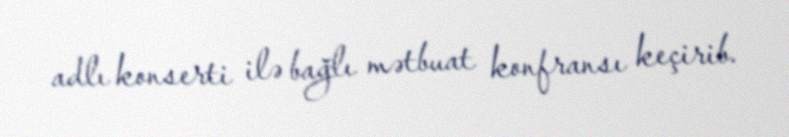
adlı konserti ilə bağlı mətbuat konfransı keçirib.